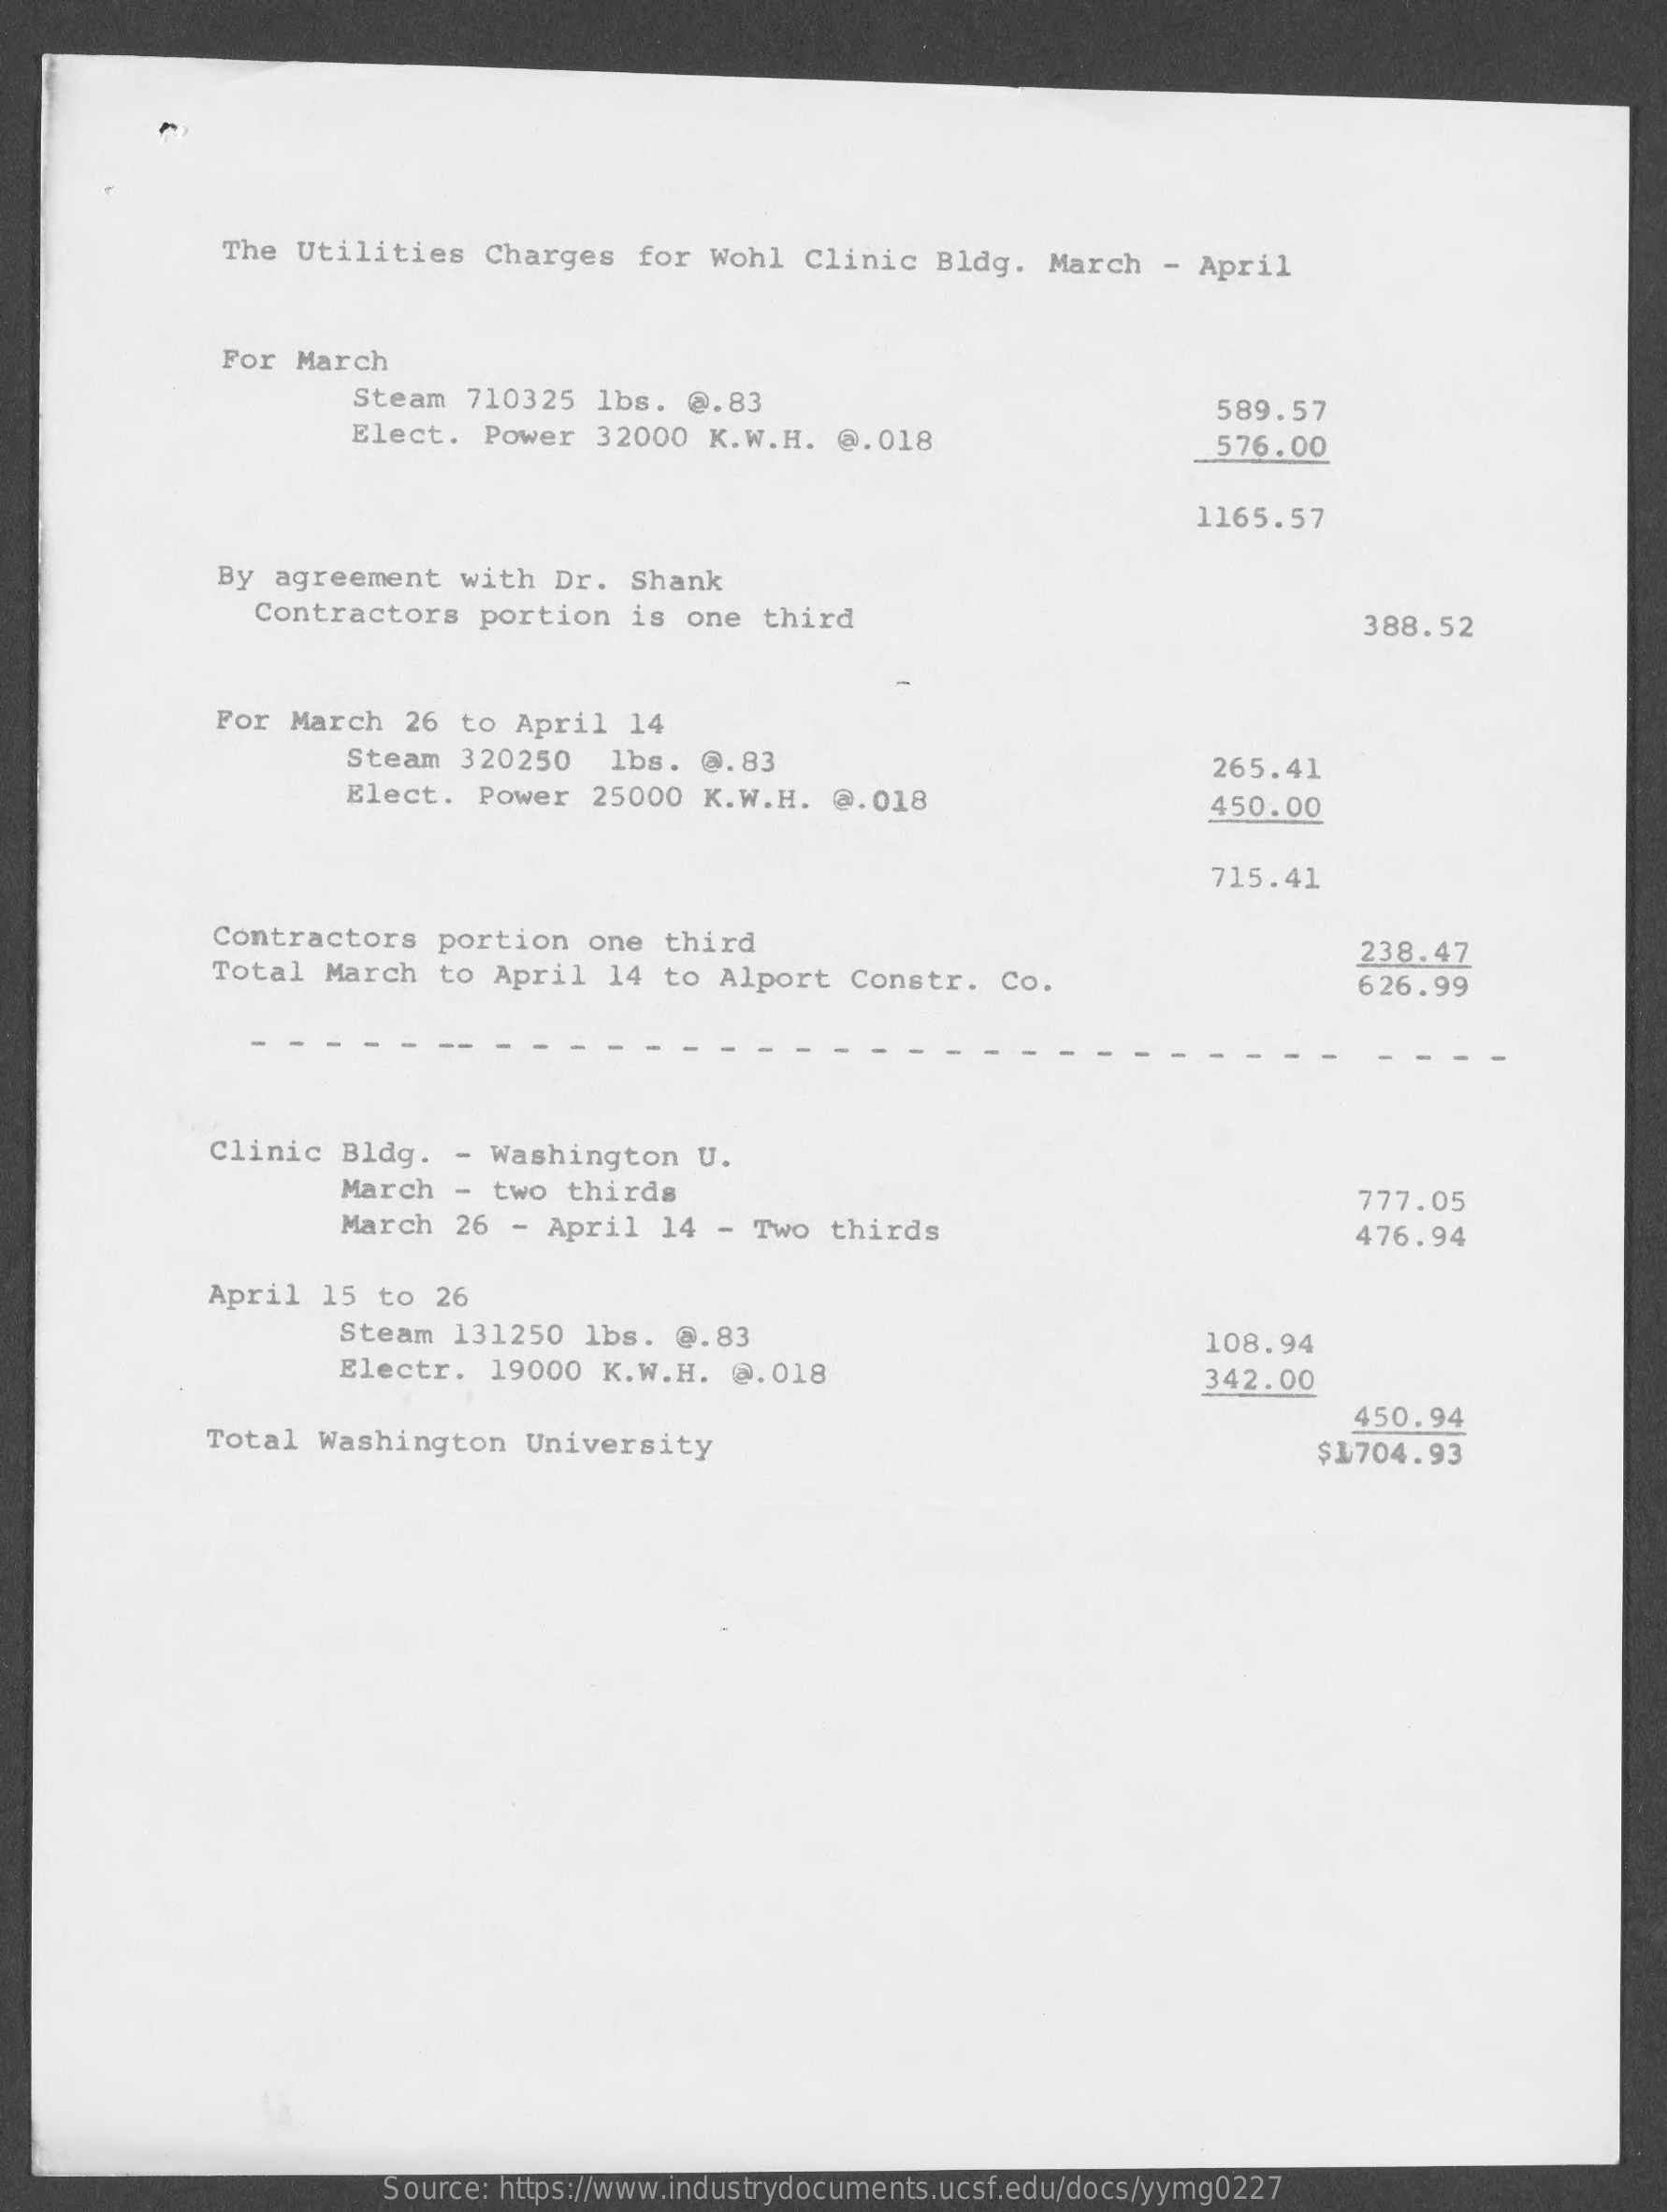
The Utilities    Charges   for  Wohl  Clinic  Bldg.   March  -  April
     For March
     Steam   710325  lbs.  @.83    589.57
     Elect.   Power  32000  K.W.H.   @.018    576.00
     1165.57
     By  agreement   with  Dr.   Shank
     Contractors    portion   is one  third    388.52
     For  March   26 to  April  14
     Steam  320250    lbs.  @.83    265.41
     Elect.  Power   25000  K.W.H.   @.018    450.00
     715.41
     Contractors    portion   one  third
     Total  March   to April   14  to Alport   Constr.   Co.
     238.47
     626.99
     Clinic  Bldg.   - Washington    U.
     March  - two  thirds    777.05
     March  26  - April  14  -  Two  thirds    476.94
     April  15  to  26
     Steam  131250  lbs.   @.83    108.94
     Electr.  19000  K.W.H.   @.018    342.00
     450.94
     Total  Washington    University    $1704.93
     Source: https://www.industrydocuments.ucsf.edu/docs/yymg0227